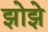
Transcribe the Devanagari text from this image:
झोझे